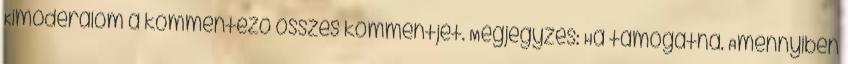
Kimoderálom a kommentező összes kommentjét. Megjegyzés: Ha támogatna. Amennyiben